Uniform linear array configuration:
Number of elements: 64
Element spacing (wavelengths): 0.75
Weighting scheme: uniform
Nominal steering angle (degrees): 60
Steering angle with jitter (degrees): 59.197
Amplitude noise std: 0.05
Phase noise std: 0.05

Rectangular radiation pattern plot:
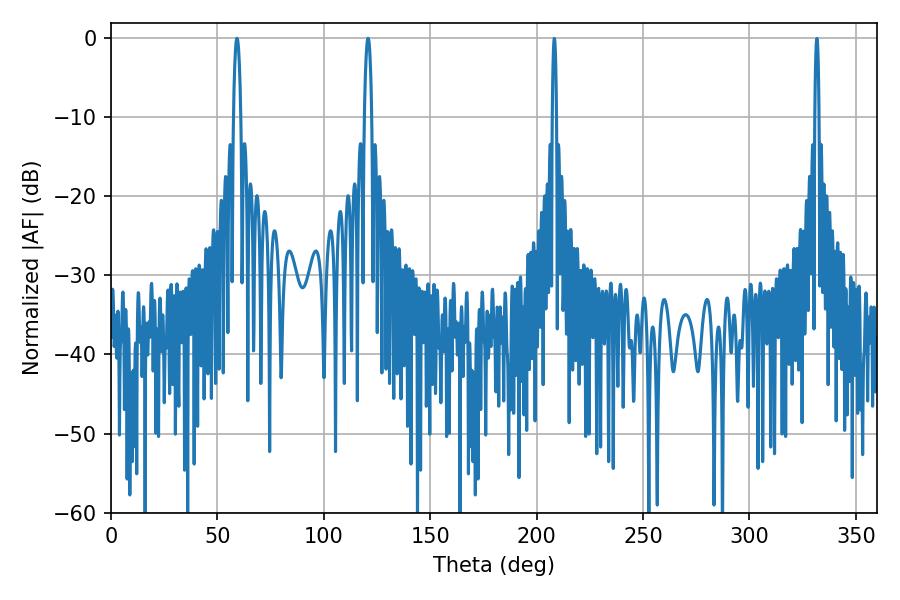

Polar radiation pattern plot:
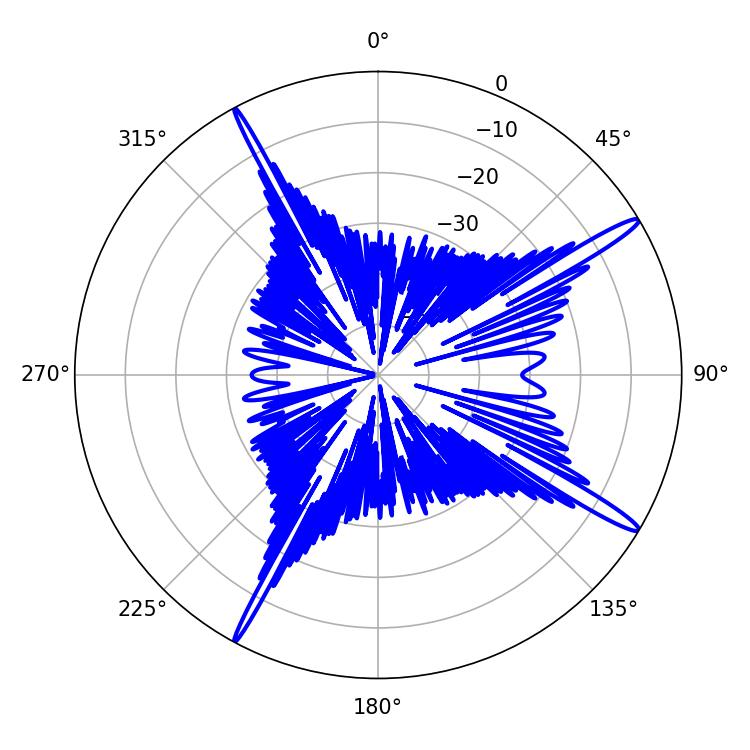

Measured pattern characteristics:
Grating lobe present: TRUE
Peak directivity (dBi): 16.247
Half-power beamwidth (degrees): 1.8
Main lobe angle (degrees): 120.78